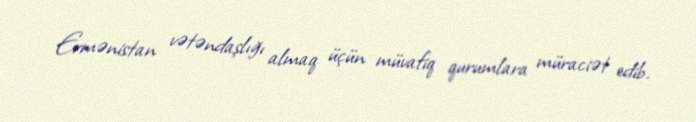
Ermənistan vətəndaşlığı almaq üçün müvafiq qurumlara müraciət edib.